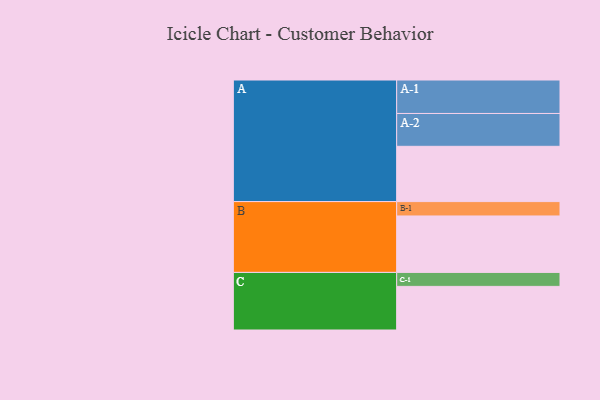
{"axis": {"x": "Segment", "y": "Value"}, "legend": ["", "A", "B", "C"], "data": [{"x": "A", "y": 431, "type": ""}, {"x": "B", "y": 440, "type": ""}, {"x": "C", "y": 340, "type": ""}, {"x": "A-1", "y": 261, "type": "A"}, {"x": "A-2", "y": 256, "type": "A"}, {"x": "B-1", "y": 112, "type": "B"}, {"x": "C-1", "y": 109, "type": "C"}]}